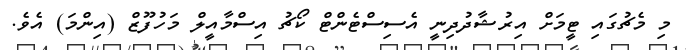
މި މެޗުގައި ޓީމަށް އިރުޝާދުދިނީ އެސިސްޓެންޓް ކޯޗު އިސްމާއީލް މަހުފޫޒް (އިންމަ) އެވެ.